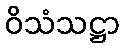
ဝိသံသဋ္ဌာ